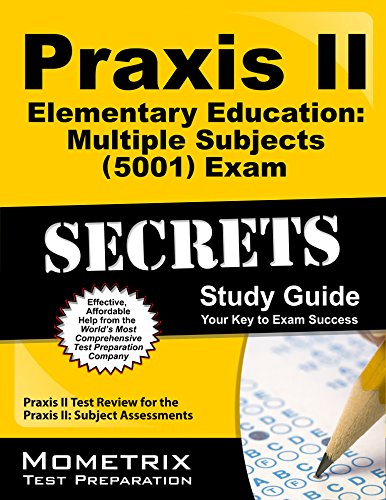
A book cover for Praxis II Elementary Education: Multiple Subjects (5001) Exam Secrets Study Guide: Praxis II Test Review for the Praxis II: Subject Assessments; Praxis II Exam Secrets Test Prep Team; Test Preparation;